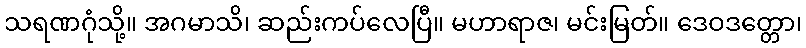
သရဏဂုံသို့။ အဂမာသိ၊ ဆည်းကပ်လေပြီ။ မဟာရာဇ၊ မင်းမြတ်။ ဒေဝဒတ္တော၊